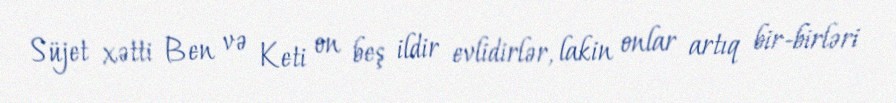
Süjet xətti Ben və Keti on beş ildir evlidirlər, lakin onlar artıq bir-birləri